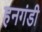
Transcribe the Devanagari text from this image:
हनगंडी